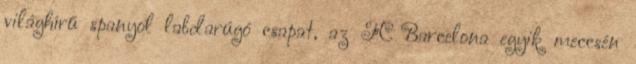
világhírű spanyol labdarúgó csapat, az FC Barcelona egyik meccsén